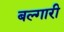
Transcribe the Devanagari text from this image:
बल्गारी